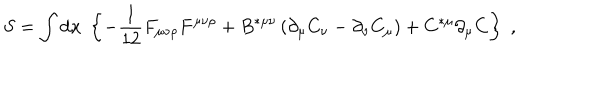
S = \int \mathrm { d } x \; \left\{ - \frac { 1 } { 1 2 } F _ { \mu \nu \rho } F ^ { \mu \nu \rho } + B ^ { * \mu \nu } \left( \partial _ { \mu } C _ { \nu } - \partial _ { \nu } C _ { \mu } \right) + C ^ { * \mu } \partial _ { \mu } C \right\} \; ,